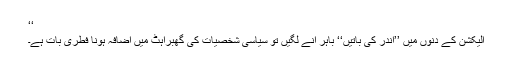
‘‘
الیکشن کے دنوں میں ’’اندر کی باتیں‘‘ باہر آنے لگیں تو سیاسی شخصیات کی گھبراہٹ میں اضافہ ہونا فطری بات ہے۔